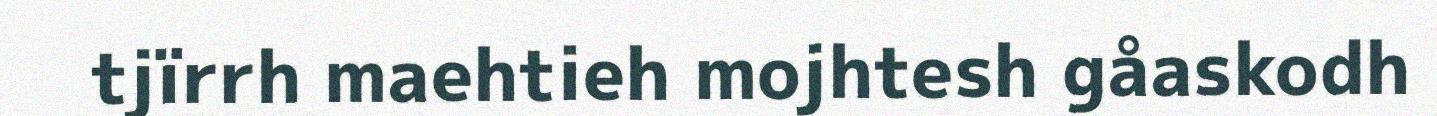
tjïrrh maehtieh mojhtesh gåaskodh